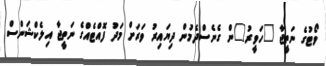
ވޯޓުގެ ނަތީޖާ "ހަވީރު"ން ގެނެސްދެމުން ދިޔައިރު ވަރަށް މަދު ފޮއްޓެއްގެ ނަތީޖާ އިލެކްޝަންސް